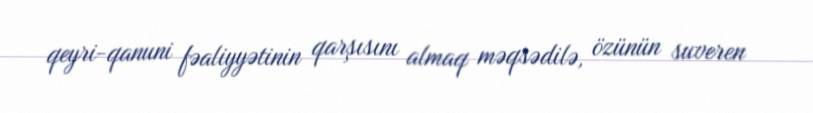
qeyri-qanuni fəaliyyətinin qarşısını almaq məqsədilə, özünün suveren